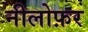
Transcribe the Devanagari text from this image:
नीलोफ़र